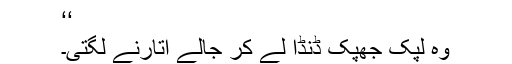
‘‘
وہ لپک جھپک ڈنڈا لے کر جالے اتارنے لگتی۔